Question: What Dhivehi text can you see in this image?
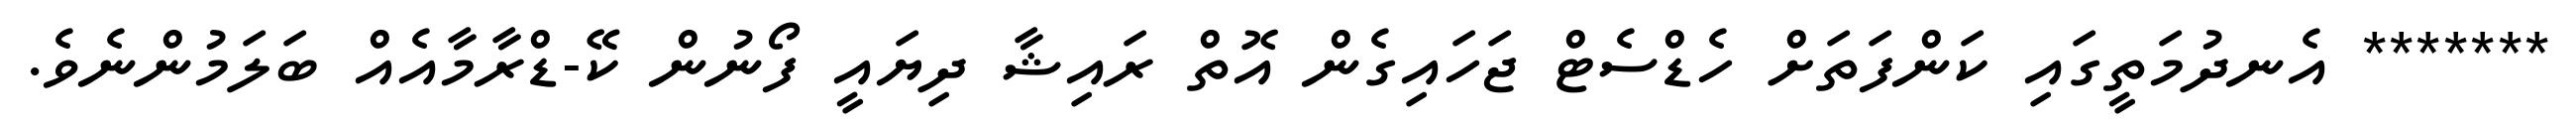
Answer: ******* އެނދުމަތީގައި ކަންފަތަށް ހެޑްސެޓް ޖަހައިގެން އޮތް ރައިޝާ ދިޔައީ ފޯނުން ކޭ-ޑްރާމާއެއް ބަލަމުންނެވެ.